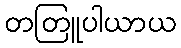
တတြူပါယာယ